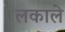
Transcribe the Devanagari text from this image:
लकाले